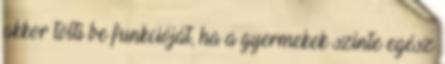
akkor tölti be funkcióját, ha a gyermekek szinte egész